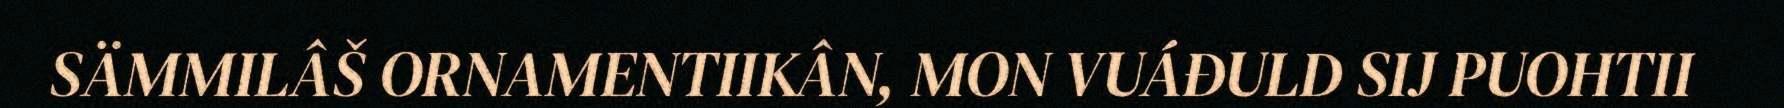
SÄMMILÂŠ ORNAMENTIIKÂN, MON VUÁĐULD SIJ PUOHTII